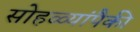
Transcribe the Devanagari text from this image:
सोहळ्यांपैकी